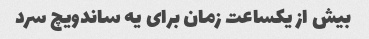
بیش از یکساعت زمان برای یه ساندویچ سرد